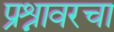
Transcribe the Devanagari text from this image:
प्रश्नावरचा